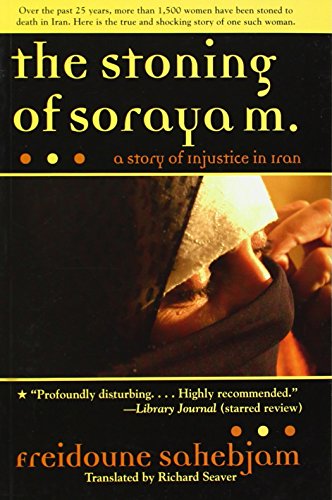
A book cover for The Stoning of Soraya M.: A Story of Injustice in Iran; Freidoune Sahebjam; Religion & Spirituality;